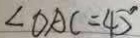
\angle D A C = 4 5 ^ { \circ }